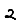
Digit: 2